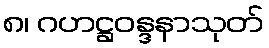
၈၊ ဂဟဋ္ဌဝန္ဒနာသုတ်